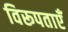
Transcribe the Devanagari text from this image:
विरूपताएँ